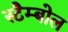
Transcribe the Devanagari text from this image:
स्टैम्बोल